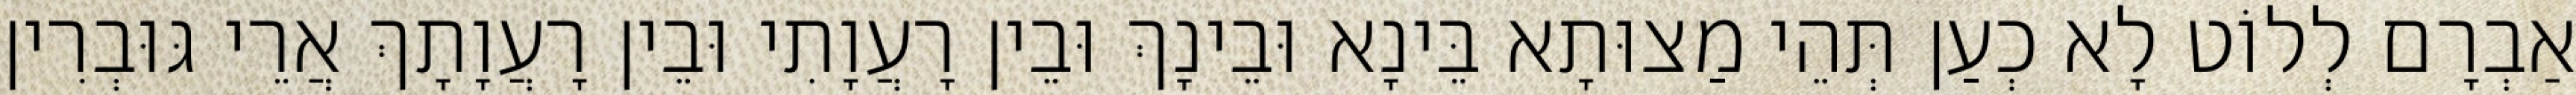
אַבְרָם לְלוֹט לָא כְעַן תְּהֵי מַצוּתָא בֵּינָא וּבֵינָךְ וּבֵין רָעֲוָתִי וּבֵין רָעֲוָתָךְ אֲרֵי גּוּבְרִין